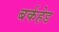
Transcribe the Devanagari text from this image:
बर्कहेड